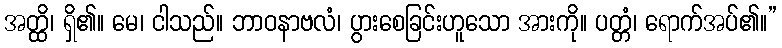
အတ္ထိ၊ ရှိ၏။ မေ၊ ငါသည်။ ဘာဝနာဗလံ၊ ပွားစေခြင်းဟူသော အားကို။ ပတ္တံ၊ ရောက်အပ်၏။”